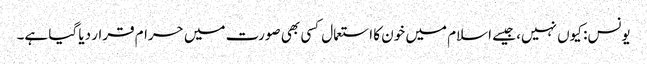
یونس: کیوں نہیں، جیسے اسلام میں خون کا استعمال کسی بھی صورت میں حرام قرار دیا گیا ہے۔